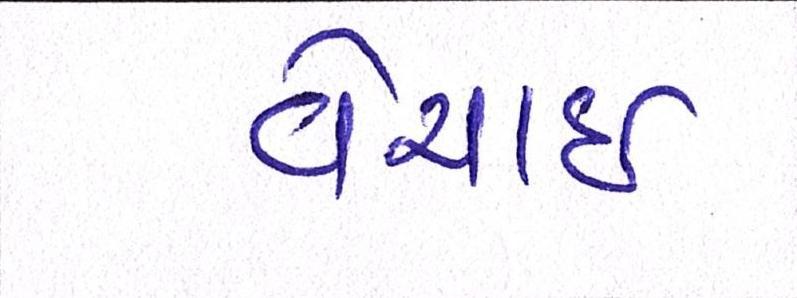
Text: વેચાઈ